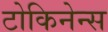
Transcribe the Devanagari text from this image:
टोकिनेन्स